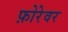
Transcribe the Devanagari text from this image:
फ़ोरेवर